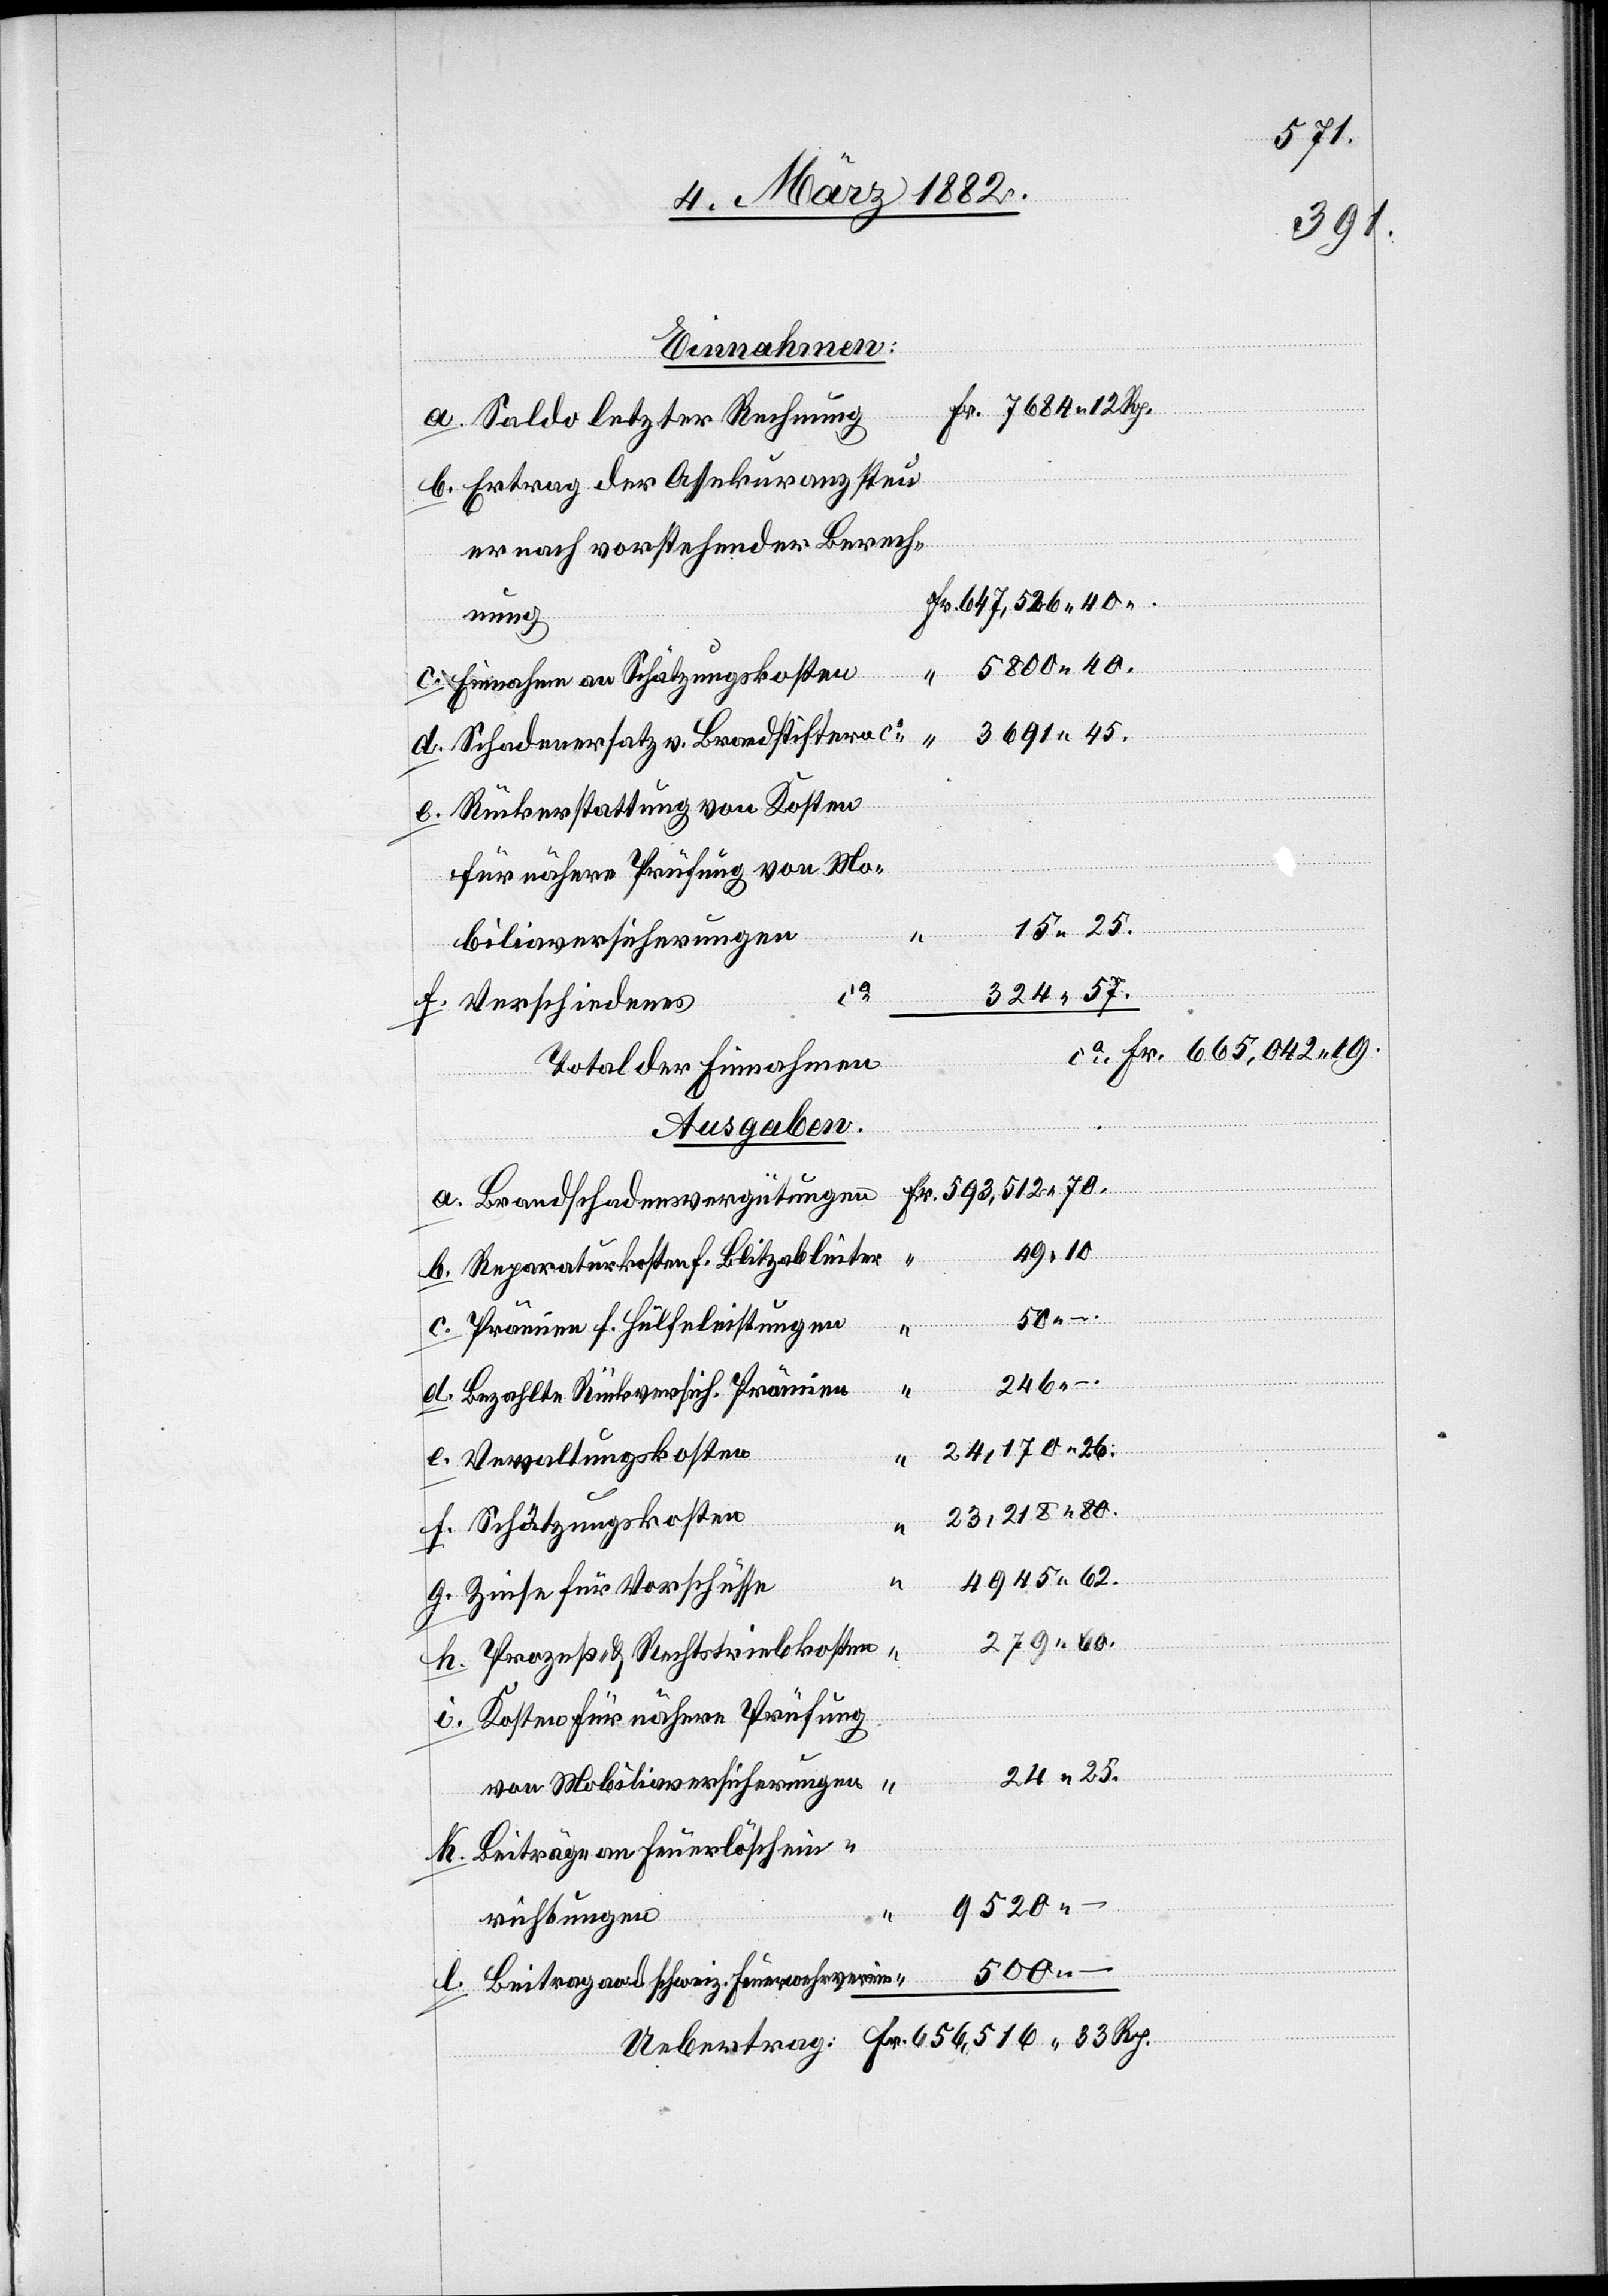
a. Saldo letzter Rechnung
b. Ertrag der Assekuranzsteu¬
er nach vorstehender Berech¬
647,526 40
nung
c. Einnahmen an Schätzungskosten
3691 45.
d. Schadenersatz v. Brandstifter ca
e. Rückerstattung von Kosten
für nähere Prüfung von Mo¬
15 25.
biliarversicherungen
50 –.
324 57.
f. Verschiedenes
Total der Einnahmen
Ausgaben:
a. Brandschadensvergütungen
49 10.
b. Reparaturkosten f. Blitzableiter
c. Prämien f. Hülfeleistungen
246
d. Bezahlte Rückversich. Prämien
24,170 26.
–.
e. Verwaltungskosten
23,218 80.
f. Schätzungskosten
4945 62.
g. Zinse für Vorschüsse
279 60.
h. Prozeß- & Rechtriebskosten
i. Kosten für nähere Prüfung
24 25.
von Mobiliarversicherungen
40.
k. Beiträge an Feuerlöschein¬
9520 –.
richtungen
500 –.
l. Beitrag an d. schweiz. Feuerwehrverein